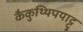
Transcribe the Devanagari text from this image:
कैकुथ्थिपयाट्टू